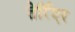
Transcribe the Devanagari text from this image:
तेर्रिएर